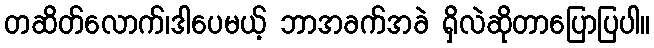
တဆိတ်လောက်၊ဒါပေမယ့် ဘာအခက်အခဲ ရှိလဲဆိုတာပြောပြပါ။